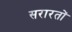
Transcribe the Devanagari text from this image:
सरारतों